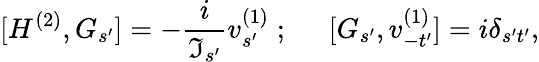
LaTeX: {[H^{(2)},G_{s^{\prime}}]}=-\frac{i}{\Im_{s^{\prime}}}v_{s^{\prime}}^{(1)}\; ;\; \; \; \; \; {[G_{s^{\prime}},v_{-t^{\prime}}^{(1)}]}=i\delta_{s^{\prime}t^{\prime}},